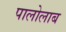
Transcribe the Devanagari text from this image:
पालोलाब